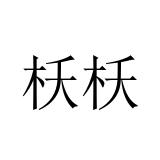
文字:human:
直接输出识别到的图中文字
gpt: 枖枖